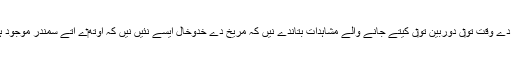
گلیلیو دے وقت تو‏ں دوربین تو‏ں کیتے جانے والے مشاہدات بتاندے نيں کہ مریخ دے خدوخال ایسے نئيں نيں کہ اوتھ‏ے اُتے سمندر موجود ہوئے۔